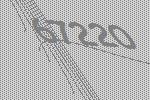
67220